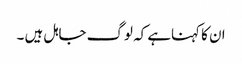
ان کا کہناہے کہ لوگ جاہل ہیں ۔